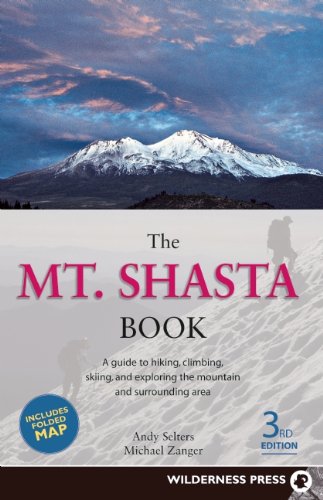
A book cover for Mt. Shasta Book: Guide to Hiking, Climbing, Skiing & Exploring the Mtn & Surrounding Area (3rd Edition); Andy Selters; Sports & Outdoors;